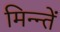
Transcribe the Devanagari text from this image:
मिन्न्तें